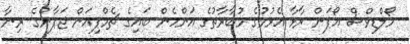
މޯލްޑިވްސް އޯޕަން ރާޅާ އެޅުމުގެ މުބާރާތުގެ އަންހެން ބައިގެ ޗެމްޕިއަން ޖަޕާންގެ ރިނާ